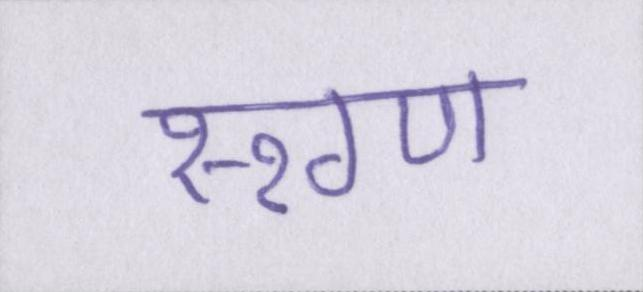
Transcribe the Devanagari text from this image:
रूग्ण